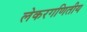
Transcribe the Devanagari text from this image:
लेकरगणितीय